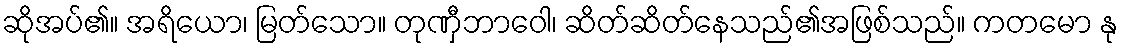
ဆိုအပ်၏။ အရိယော၊ မြတ်သော။ တုဏှီဘာဝေါ၊ ဆိတ်ဆိတ်နေသည်၏အဖြစ်သည်။ ကတမော နု